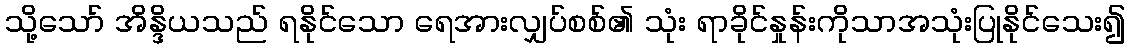
သို့သော် အိန္ဒိယသည် ရနိုင်သော ရေအားလျှပ်စစ်၏ သုံး ရာခိုင်နှုန်းကိုသာအသုံးပြုနိုင်သေး၍